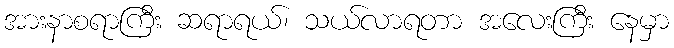
အားနာစရာကြီး ဆရာရယ်၊ သယ်လာရတာ အလေးကြီး နေမှာ